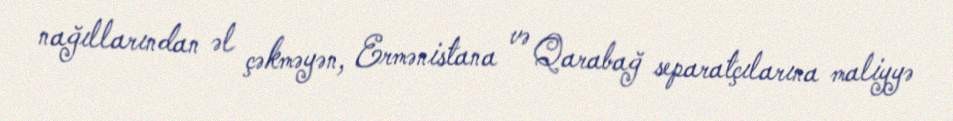
nağıllarından əl çəkməyən, Ermənistana və Qarabağ separatçılarına maliyyə